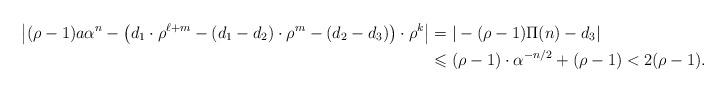
LaTeX: \begin{align*}\left| (\rho-1)a\alpha^n-\left(d_1\cdot \rho^{\ell+m}-(d_1-d_2)\cdot \rho^m-(d_2-d_3)\right)\cdot \rho^k\right|&= |-(\rho-1)\Pi(n)-d_3|\\&\leqslant (\rho-1)\cdot \alpha^{-n/2}+(\rho-1)<2(\rho-1).\end{align*}